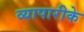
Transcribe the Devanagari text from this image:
व्‍यापारीके